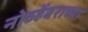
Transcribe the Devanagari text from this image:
नोव्हेंबराच्या